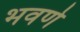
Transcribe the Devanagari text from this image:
भवणे